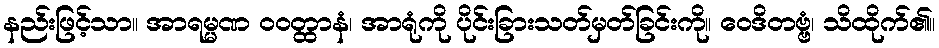
နည်းဖြင့်သာ။ အာရမ္မဏ ဝဝတ္ထာနံ၊ အာရုံကို ပိုင်းခြားသတ်မှတ်ခြင်းကို။ ဝေဒိတဗ္ဗံ၊ သိထိုက်၏။